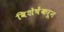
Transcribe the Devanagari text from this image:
विशेषेंकरून